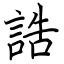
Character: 誥